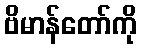
ဗိမာန်တော်ကို